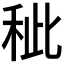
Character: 𥞅